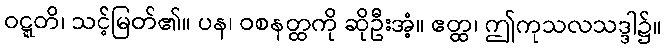
ဝဋ္ဋတိ၊ သင့်မြတ်၏။ ပန၊ ဝစနတ္ထကို ဆိုဦးအံ့။ ဧတ္ထ၊ ဤကုသလသဒ္ဒါ၌။